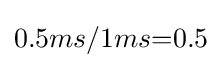
{0.5ms}/{1ms}{=}0.5